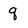
Character: q